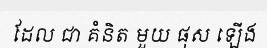
ដែល ជា គំនិត មួយ ផុស ឡើង